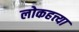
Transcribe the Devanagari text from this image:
लोकहत्त्या